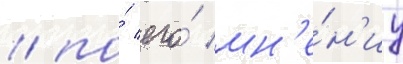
/ по́ его́ мн'е́н'иу